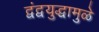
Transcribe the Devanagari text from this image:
द्वंद्वयुद्धामुळे